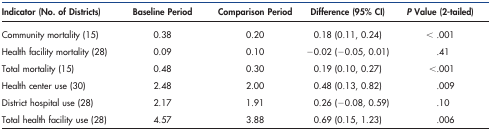
| Indicator (No. of Districts) | Baseline Period | Comparison Period | Difference (95% CI) | P Value (2-tailed) |
 | --- | --- | --- | --- | --- |
 | Community mortality (15) | 0.38 | 0.20 | 0.18 (0.11, 0.24) | < .001 |
 | Health facility mortality (28) | 0.09 | 0.10 | −0.02 (−0.05, 0.01) | .41 |
 | Total mortality (15) | 0.48 | 0.30 | 0.19 (0.10, 0.27) | <.001 |
 | Health center use (30) | 2.48 | 2.00 | 0.48 (0.13, 0.82) | .009 |
 | District hospital use (28) | 2.17 | 1.91 | 0.26 (−0.08, 0.59) | .10 |
 | Total health facility use (28) | 4.57 | 3.88 | 0.69 (0.15, 1.23) | .006 |